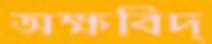
অক্ষবিদ্‌